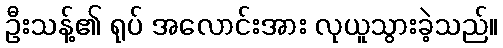
ဦးသန့်၏ ရုပ် အလောင်းအား လုယူသွားခဲ့သည်။